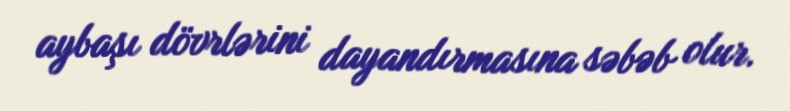
aybaşı dövrlərini dayandırmasına səbəb olur.